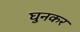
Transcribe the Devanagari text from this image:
घुनकर